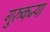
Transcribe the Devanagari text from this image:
गुरुकन्या